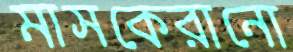
মাসকেরানো